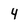
Character: 4